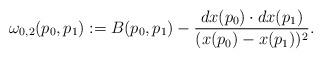
LaTeX: \begin{align*} \omega_{0,2}(p_0,p_1):=B(p_0,p_1)-\frac{dx(p_0)\cdot dx(p_1)}{(x(p_0)-x(p_1))^2}.\end{align*}